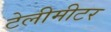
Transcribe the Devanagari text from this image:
टेलीमीटर